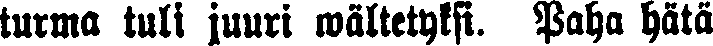
turma tuli juuri wältetyksi. Paha hätä